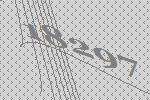
18297